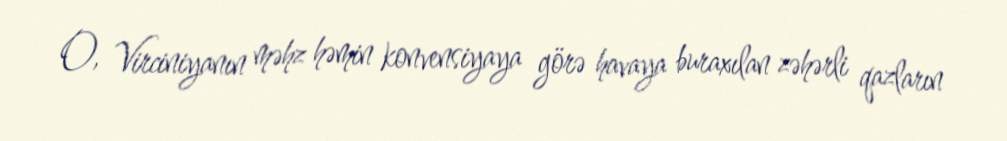
O, Virciniyanın məhz həmin konvensiyaya görə havaya buraxılan zəhərli qazların